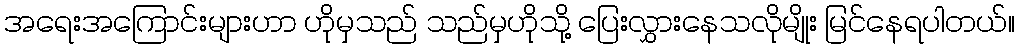
အရေးအကြောင်းများဟာ ဟိုမှသည် သည်မှဟိုသို့ ပြေးလွှားနေသလိုမျိုး မြင်နေရပါတယ်။